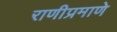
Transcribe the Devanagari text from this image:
राणीप्रमाणे